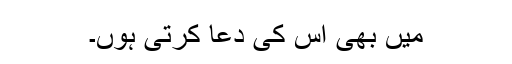
میں بھی اس کی دعا کرتی ہوں۔